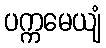
ပက္ကမေယျံ